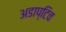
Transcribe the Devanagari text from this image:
अडाप्टिव